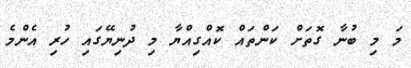
މަ މި ބުނާ ގޮތަށް ކަންތައް ކޮއްގިއްޔާ މި ދުނިޔޭޭޭޭޭޭގައި ހުރި އެންމެ